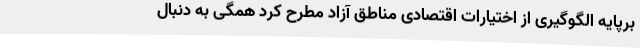
برپایه الگوگیری از اختیارات اقتصادی مناطق آزاد مطرح کرد همگی به دنبال